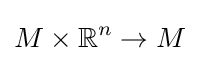
M\times \mathbb {R} ^{n}\to M